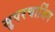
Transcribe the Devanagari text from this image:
सुपरचार्जिंग